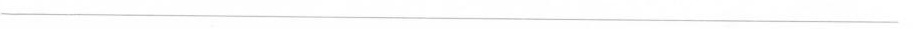
___